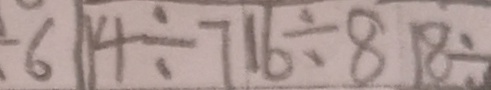
\div 6 1 4 \div 7 1 6 \div 8 1 8 \div